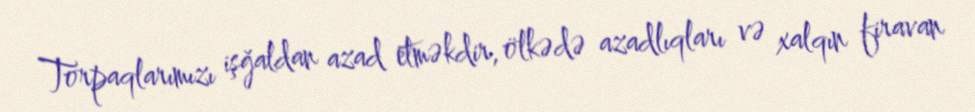
Torpaqlarımızı işğaldan azad etməkdir, ölkədə azadlıqları və xalqın firavan